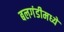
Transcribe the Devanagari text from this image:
बलगंडीमध्ये